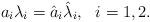
LaTeX: \begin{align*}a_i\lambda_i=\hat a_i\hat \lambda_i, \ \ i=1,2.\end{align*}